Standards of the constituents of the urine and blood and the bearing of the metabolism of Bengalis on the problems of nutrition - Number 34
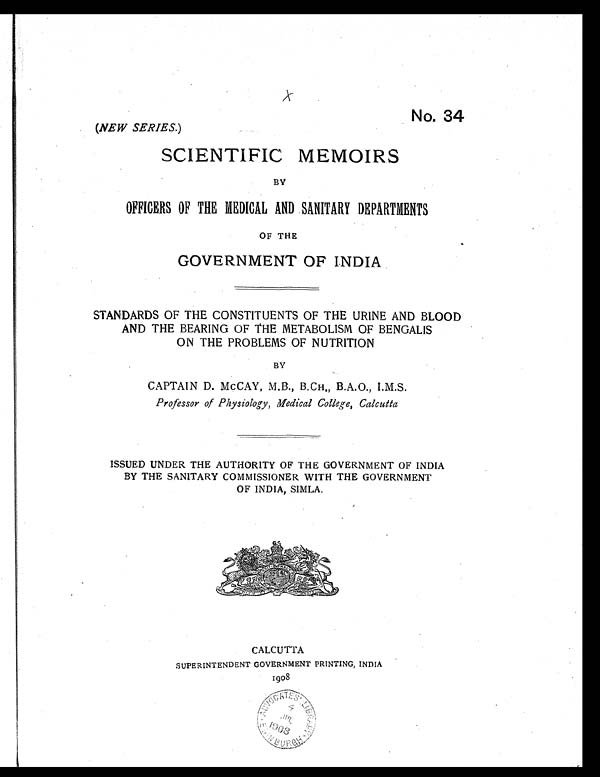
No. 34
(NEW SERIES.)
SCIENTIFIC MEMOIRS
BY
OFFICERS OF THE MEDICAL AND SANITARY DEPARTMENTS
OF THE
GOVERNMENT OF INDIA
STANDARDS OF THE CONSTITUENTS OF THE URINE AND BLOOD
AND THE BEARING OF THE METABOLISM OF BENGALIS
ON THE PROBLEMS OF NUTRITION
BY
CAPTAIN D. McCAY, M.B., B.CH., B.A.O., I.M.S.
Professor of Physiology, Medical College, Calcutta
ISSUED UNDER THE AUTHORITY OF THE GOVERNMENT OF INDIA
BY THE SANITARY COMMISSIONER WITH THE GOVERNMENT
OF INDIA, SIMLA.
CALCUTTA
SUPERINTENDENT GOVERNMENT PRINTING, INDIA
1908